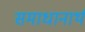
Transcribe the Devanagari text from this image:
समाधानार्थ